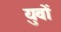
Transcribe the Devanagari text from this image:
युवों